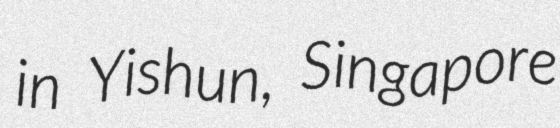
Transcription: in Yishun, Singapore